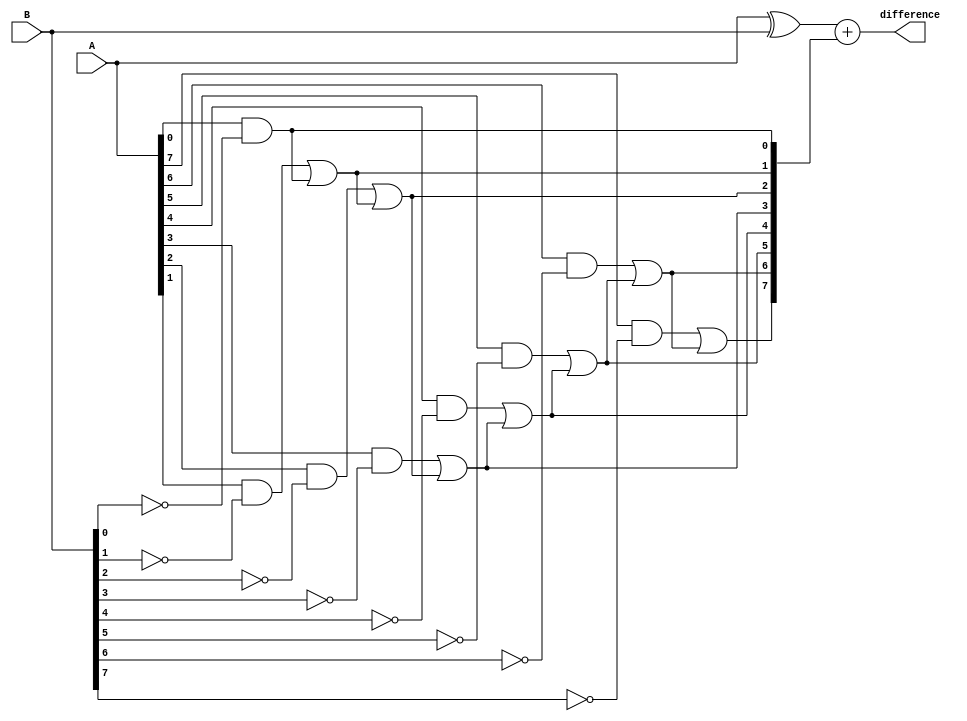
module gate_level_subtractor (
  input wire [7:0] A,
  input wire [7:0] B,
  output wire [7:0] difference
);

wire [7:0] carry;
wire [7:0] xor_result;

// Perform XOR operation between A and B
assign xor_result = A ^ B;

// Generate carry-out signals using AND gate
assign carry[0] = A[0] & ~B[0];
assign carry[1] = (A[1] & ~B[1]) | (A[0] & ~B[0]);
assign carry[2] = (A[2] & ~B[2]) | ((A[1] & ~B[1]) | (A[0] & ~B[0]));
assign carry[3] = (A[3] & ~B[3]) | ((A[2] & ~B[2]) | ((A[1] & ~B[1]) | (A[0] & ~B[0])));
assign carry[4] = (A[4] & ~B[4]) | ((A[3] & ~B[3]) | ((A[2] & ~B[2]) | ((A[1] & ~B[1]) | (A[0] & ~B[0]))));
assign carry[5] = (A[5] & ~B[5]) | ((A[4] & ~B[4]) | ((A[3] & ~B[3]) | ((A[2] & ~B[2]) | ((A[1] & ~B[1]) | (A[0] & ~B[0])))));
assign carry[6] = (A[6] & ~B[6]) | ((A[5] & ~B[5]) | ((A[4] & ~B[4]) | ((A[3] & ~B[3]) | ((A[2] & ~B[2]) | ((A[1] & ~B[1]) | (A[0] & ~B[0]))))));
assign carry[7] = (A[7] & ~B[7]) | ((A[6] & ~B[6]) | ((A[5] & ~B[5]) | ((A[4] & ~B[4]) | ((A[3] & ~B[3]) | ((A[2] & ~B[2]) | ((A[1] & ~B[1]) | (A[0] & ~B[0])))))));

// Calculate the difference output using XOR and carry signals
assign difference = xor_result + carry;

endmodule